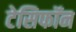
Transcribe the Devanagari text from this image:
टेसिफॉन